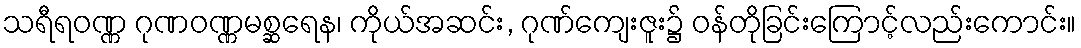
သရီရဝဏ္ဏ ဂုဏဝဏ္ဏမစ္ဆရေန၊ ကိုယ်အဆင်း, ဂုဏ်ကျေးဇူး၌ ဝန်တိုခြင်းကြောင့်လည်းကောင်း။